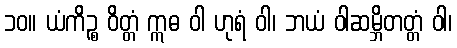
၁၀။ ယံကိဉ္စ ဝိတ္တံ ဣဓ ဝါ ဟုရံ ဝါ၊ ဘယံ ဝါဆမ္ဘိတတ္တံ ဝါ၊